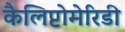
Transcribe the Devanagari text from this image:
कैलिप्टोमेरिडी